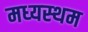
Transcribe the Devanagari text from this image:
मध्‍यस्‍थम